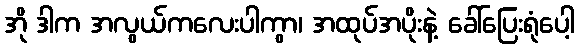
အို ဒါက အလွယ်ကလေးပါကွာ၊ အထုပ်အပိုးနဲ့ ခေါ်ပြေးရုံပေါ့